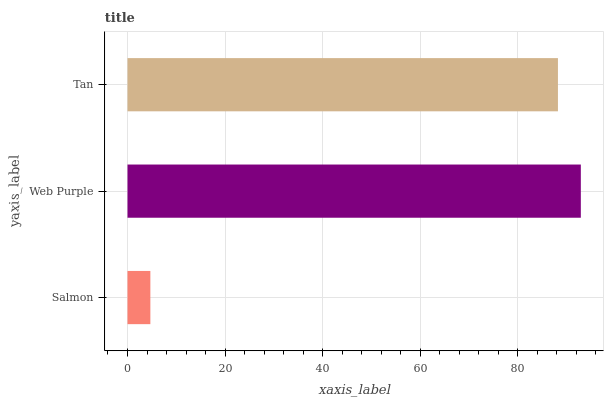
| yaxis_label | bars |
 | --- | --- |
 | Salmon | 4.69 |
 | Web Purple | 92.9 |
 | Tan | 88.2 |